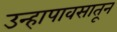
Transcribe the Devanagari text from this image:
उन्हापावसातून